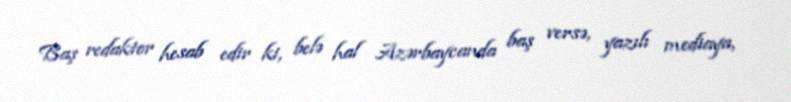
Baş redaktor hesab edir ki, belə hal Azərbaycanda baş versə, yazılı mediaya,